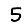
Digit: 5